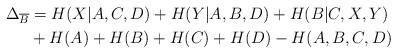
LaTeX: \begin{align*} \Delta_{\overline{B}} &= H(X|A,C,D) + H(Y|A,B,D)+ H(B|C,X,Y)\\ & + H(A) + H(B) + H(C) + H(D) - H(A,B,C,D)\end{align*}